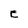
Character: E